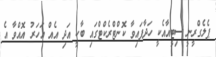
ޕެލެގްރީނީ ސިޓީއާއެކީ ހަދާފައިވާ ކޮންޓްރެކްޓްގައި ބާކީ އަދި އެއް އަހަރު އޮއްވާ އެ